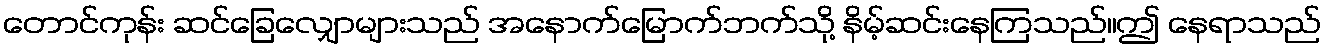
တောင်ကုန်း ဆင်ခြေလျှောများသည် အနောက်မြောက်ဘက်သို့ နိမ့်ဆင်းနေကြသည်။ဤ နေရာသည်